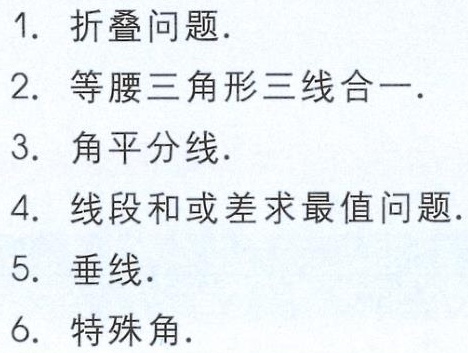
1. 折叠问题.

2. 等腰三角形三线合一.

3. 角平分线.

4. 线段和或差求最值问题.

5. 垂线.

6. 特殊角.